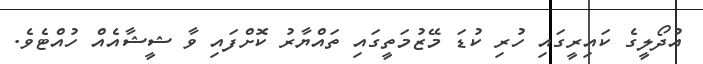
އުދޯލީގެ ކައިރީގައި ހުރި ކުޑަ މޭޒުމަތީގައި ތައްޔާރު ކޮށްފައި ވާ ޝީޝާއެއް ހުއްޓެވެ.